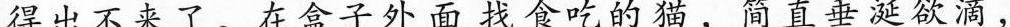
得出不来了。在盒子外面找食吃的猫，简直垂涎欲滴，